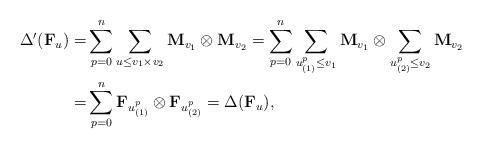
LaTeX: \begin{align*} \Delta'(\mathbf{F}_{u})=&\sum_{p=0}^n\sum_{u\leq v_{1}\times v_{2}}\mathbf{M}_{v_{1}}\otimes \mathbf{M}_{v_{2}} =\sum_{p=0}^n\sum_{u_{(1)}^p\leq v_{1}}\mathbf{M}_{v_{1}}\otimes \sum_{u_{(2)}^p\leq v_{2}}\mathbf{M}_{v_{2}}\\ =&\sum_{p=0}^n\mathbf{F}_{u_{(1)}^p}\otimes \mathbf{F}_{u_{(2)}^p}=\Delta(\mathbf{F}_{u}),\end{align*}